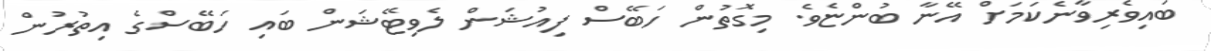
ބައިވެރިވާނެކަމަށް އޭނާ ބުންޏެވެ. މިގޮތުން ހަބޭސް ފިއުޝަން ލެވިޓޭޝަން ބައި ހަބޭސްގެ އިތުރުން